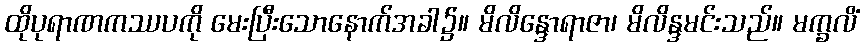
ထိုပုရာဏကဿပကို မေးပြီးသောနောက်အခါ၌။ မိလိန္ဒောရာဇာ၊ မိလိန္ဒမင်းသည်။ မက္ခလိံ